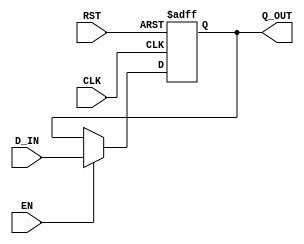

// Copyright (c) 2000-2012 Bluespec, Inc.

// Permission is hereby granted, free of charge, to any person obtaining a copy
// of this software and associated documentation files (the "Software"), to deal
// in the Software without restriction, including without limitation the rights
// to use, copy, modify, merge, publish, distribute, sublicense, and/or sell
// copies of the Software, and to permit persons to whom the Software is
// furnished to do so, subject to the following conditions:

// The above copyright notice and this permission notice shall be included in
// all copies or substantial portions of the Software.

// THE SOFTWARE IS PROVIDED "AS IS", WITHOUT WARRANTY OF ANY KIND, EXPRESS OR
// IMPLIED, INCLUDING BUT NOT LIMITED TO THE WARRANTIES OF MERCHANTABILITY,
// FITNESS FOR A PARTICULAR PURPOSE AND NONINFRINGEMENT. IN NO EVENT SHALL THE
// AUTHORS OR COPYRIGHT HOLDERS BE LIABLE FOR ANY CLAIM, DAMAGES OR OTHER
// LIABILITY, WHETHER IN AN ACTION OF CONTRACT, TORT OR OTHERWISE, ARISING FROM,
// OUT OF OR IN CONNECTION WITH THE SOFTWARE OR THE USE OR OTHER DEALINGS IN
// THE SOFTWARE.
//
// $Revision: 29441 $
// $Date: 2012-08-27 21:58:03 +0000 (Mon, 27 Aug 2012) $

`ifdef BSV_ASSIGNMENT_DELAY
`else
  `define BSV_ASSIGNMENT_DELAY
`endif

`ifdef BSV_POSITIVE_RESET
  `define BSV_RESET_VALUE 1'b1
  `define BSV_RESET_EDGE posedge
`else
  `define BSV_RESET_VALUE 1'b0
  `define BSV_RESET_EDGE negedge
`endif


// Standard register with asynchronous reset
module ConfigRegA(CLK, RST, Q_OUT, D_IN, EN);

   parameter width = 1;
   parameter init = { width {1'b0}} ;

   input     CLK;
   input     RST;
   input     EN;
   input [width - 1 : 0] D_IN;
   output [width - 1 : 0] Q_OUT;

   reg [width - 1 : 0]    Q_OUT;

   always@(posedge CLK or `BSV_RESET_EDGE RST) begin
      if (RST == `BSV_RESET_VALUE)
        Q_OUT <= `BSV_ASSIGNMENT_DELAY init;
      else
        begin
           if (EN)
             Q_OUT <= `BSV_ASSIGNMENT_DELAY D_IN;
        end
   end // always@ (posedge CLK or `BSV_RESET_EDGE RST)


`ifdef BSV_NO_INITIAL_BLOCKS
`else // not BSV_NO_INITIAL_BLOCKS
   // synopsys translate_off
   initial begin
      Q_OUT = {((width + 1)/2){2'b10}} ;
   end
   // synopsys translate_on
`endif // BSV_NO_INITIAL_BLOCKS

endmodule